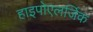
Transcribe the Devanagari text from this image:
हाइपोएलर्जिक